Indian journal of veterinary science and animal husbandry - Volume 8,
Year: 1938
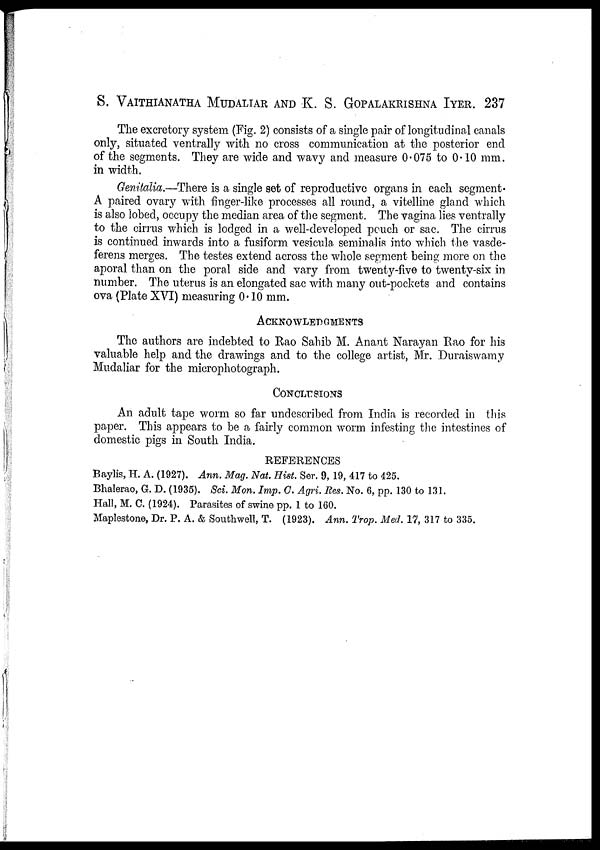
S.
VAITHIANATHA
K. S. GOPALAKRISHNA IYER. 237
The excretory system (Fig. 2) consists of a single pair of longitudinal canals
only, situated ventrally with no cross communication at the posterior end
of the segments. They are wide and wavy and measure 0.075 to 0.10 mm.
in width.
Genitalia.—There is a single set of reproductive organs in each segment.
A paired ovary with finger-like processes all round, a vitelline gland which
is also lobed, occupy the median, area of the segment. The vagina lies ventrally
to the cirrus which is lodged in a well-developed pouch or sac. The cirrus
is continued inwards into a fusiform vesicula seminalis into which the vasde-
ferens merges. The testes extend across the whole segment being more on the
aporal than on the poral side and vary from twenty-five to twenty-six in
number. The uterus is an elongated sac with many out-pockets and contains
ova (Plate XVI) measuring 0.10 mm.
ACKNOWLEDGMENTS
The authors are indebted to Rao Sahib M. Anant Narayan Rao for his
valuable help and the drawings and to the college artist, Mr. Duraiswamy
Mudaliar for the microphotograph.
CONCLUSIONS
An adult tape worm so far undescribed from India is recorded in this
paper. This appears to be a fairly common worm infesting the intestines of
domestic pigs in South India.
REFERENCES
Baylis, H. A. (1927). Ann. Mag. Nat. Hist. Ser. 9, 19, 417 to 425.
Bhalerao, G. D. (1935). Sci. Mon. Imp. C. Agri. Res. No. 6, pp. 130 to 131.
Hall, M. C. (1924). Parasites of swine pp. 1 to 160.
Maplestone, Dr. P. A. & Southwell, T. (1923). Ann. Trop. Med. 17, 317 to 335.